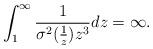
LaTeX: \begin{align*}\int_1^{\infty}\frac{1}{\sigma^2(\frac{1}{z})z^3}dz=\infty.\end{align*}